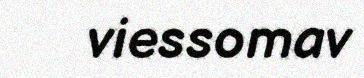
viessomav